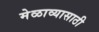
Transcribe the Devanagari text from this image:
मेळाव्यासाठी